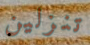
تنزلين